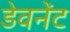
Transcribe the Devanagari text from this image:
डेवनेंट